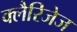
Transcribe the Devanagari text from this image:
क्लैरिजेज